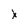
Character: X